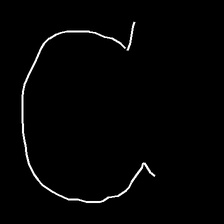
Glyph: weave